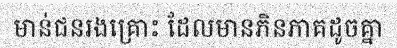
មាន់ជនរងគ្រោះ ដែលមានភិនភាគដូចគ្នា